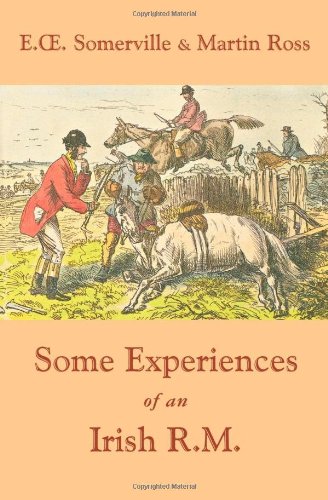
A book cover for Some Experiences of an Irish R.M.; E. O. Somerville; Literature & Fiction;